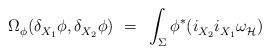
LaTeX: \begin{align*} \Omega_\phi^{}(\delta_{X_1}^{} \phi,\delta_{X_2}^{} \phi)~ =~\int_\Sigma \phi^* (i_{X_2}^{} i_{X_1}^{} \omega_{\mathcal{H}}^{\vphantom{j}})\end{align*}